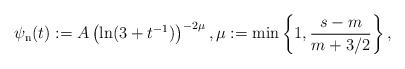
\begin{align*}\psi_\mathrm{n}(t):=A\left(\ln(3+t^{-1})\right)^{-2\mu}, \mu:=\min\left\{1,\frac{s-m}{m+3/2}\right\},\end{align*}